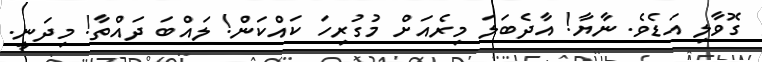
ގޮވާލި އަޑެވެ. ނާޔާ! އާދެބަލަ މިރެއަށް މުގުރިހަ ކައްކަން! ލައްބަ ދައްތާ! މިދަނީ.